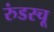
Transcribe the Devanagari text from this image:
रुंडस्चू